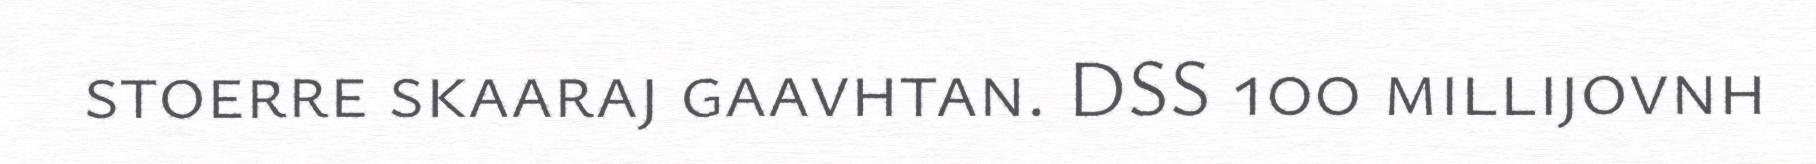
stoerre skaaraj gaavhtan. DSS 100 millijovnh